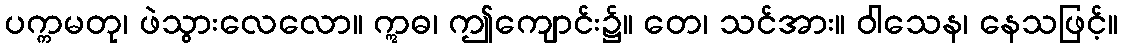
ပက္ကမတု၊ ဖဲသွားလေလော။ ဣဓ၊ ဤကျောင်း၌။ တေ၊ သင်အား။ ဝါသေန၊ နေသဖြင့်။